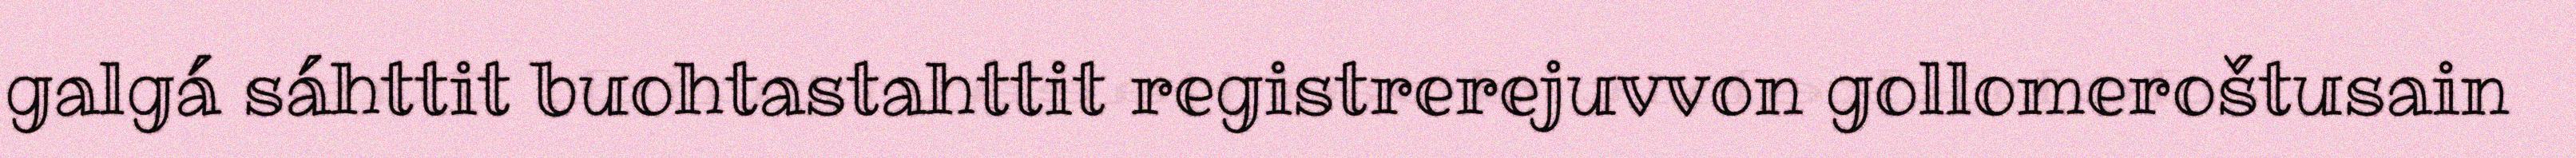
galgá sáhttit buohtastahttit registrerejuvvon gollomeroštusain